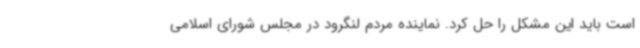
است باید این مشکل را حل کرد. نماینده مردم لنگرود در مجلس شورای اسلامی